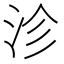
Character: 沴